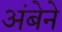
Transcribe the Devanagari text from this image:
अंबेने